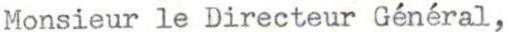
Monsieur le Directeur Général,